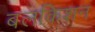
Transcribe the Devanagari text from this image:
बलकिशन